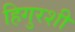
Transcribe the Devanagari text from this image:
हिगुरशी